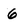
Character: 6